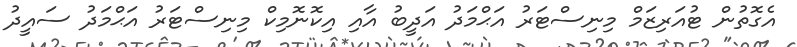
އެގޮތުން ޓުއަރިޒަމް މިނިސްޓަރު އަޙްމަދު އަދީބު އާއި އިކޮނޮމިކް މިނިސްޓަރު އަޙްމަދު ސައީދު